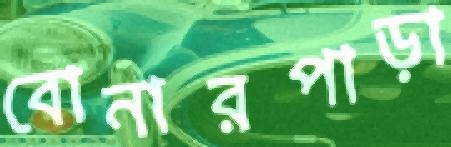
বোনারপাড়া